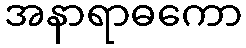
အနာရာဓကော